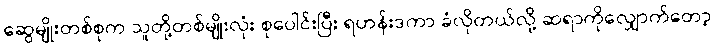
ဆွေမျိုးတစ်စုက သူတို့တစ်မျိုးလုံး စုပေါင်းပြီး ရဟန်းဒကာ ခံလိုတယ်လို့ ဆရာကိုလျှောက်တော့